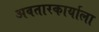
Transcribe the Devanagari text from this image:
अवतारकार्याला